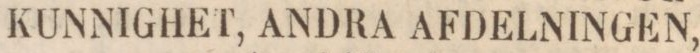
KUNNIGHET, ANDRA AFDELNINGEN,